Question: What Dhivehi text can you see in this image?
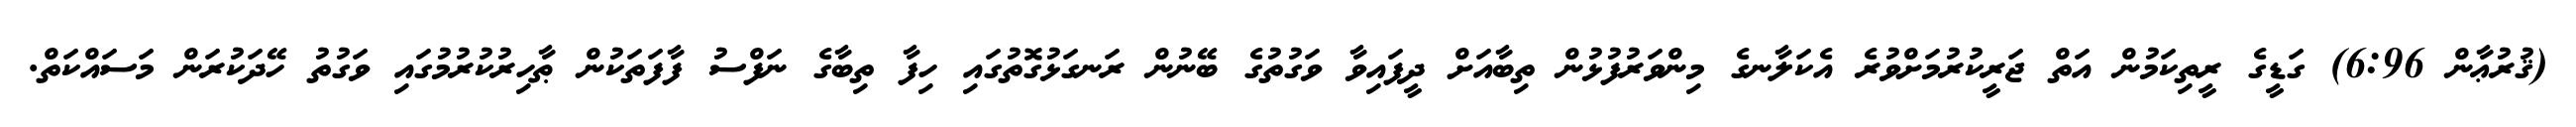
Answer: (ޤުރުޢާން 6:96) ގަޑީގެ ރީތިކަމުން އަތް ޖަރީކުރުމަށްވުރެ އެކަލާނގެ މިންވަރުފުޅުން ތިބާއަށް ދީފައިވާ ވަގުތުގެ ބޭނުން ރަނގަޅުގޮތުގައި ހިފާ ތިބާގެ ނަފްސު ފާފަތަކުން ޠާހިރުކުރުމުގައި ވަގުތު ހޭދަކުރަން މަސައްކަތް.